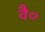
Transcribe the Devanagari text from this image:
वै०